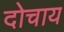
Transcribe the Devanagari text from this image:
दोचाय